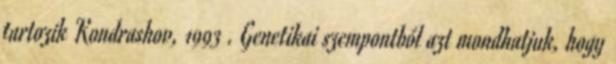
tartozik Kondrashov, 1993 . Genetikai szempontból azt mondhatjuk, hogy